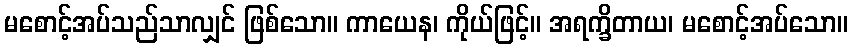
မစောင့်အပ်သည်သာလျှင် ဖြစ်သော။ ကာယေန၊ ကိုယ်ဖြင့်။ အရက္ခိတာယ၊ မစောင့်အပ်သော။